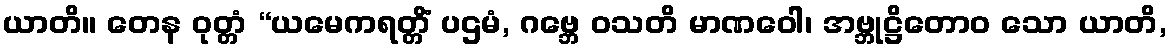
ယာတိ။ တေန ဝုတ္တံ “ယမေကရတ္တိံ ပဌမံ, ဂဗ္ဘေ ဝသတိ မာဏဝေါ၊ အဗ္ဘုဋ္ဌိတောဝ သော ယာတိ,